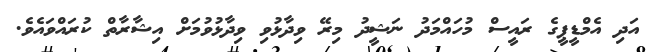
އަދި އެމްޑީޕީގެ ރައީސް މުހައްމަދު ނަޝީދު މިރޭ ވިދާޅުވި ވިދާޅުވުމަށް އިޝާރާތް ކުރައްވައެވެ.